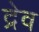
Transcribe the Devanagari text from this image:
द्रेव